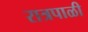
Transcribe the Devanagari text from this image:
रात्रपाळी